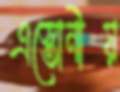
এস্তোনীয়